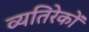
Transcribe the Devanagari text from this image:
व्यतिरेकों